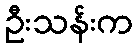
ဦးသန်းက